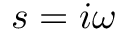
s = i \omega